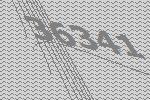
36341